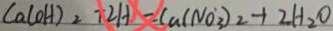
C a ( O H ) _ { 2 } + 2 H - C a ( N O _ { 3 } ) _ { 2 } + 2 H _ { 2 } O